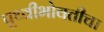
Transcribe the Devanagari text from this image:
पृथ्वीभोवतीचा